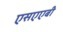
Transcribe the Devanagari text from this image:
एसएएबी